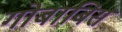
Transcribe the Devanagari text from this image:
गोबाबिस